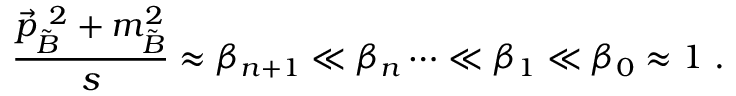
\frac { \vec { p } _ { \tilde { B } } ^ { ~ 2 } + m _ { \tilde { B } } ^ { 2 } } { s } \approx \beta _ { n + 1 } \ll \beta _ { n } \dots \ll \beta _ { 1 } \ll \beta _ { 0 } \approx 1 \ .